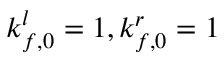
k _ { f , 0 } ^ { l } = 1 , k _ { f , 0 } ^ { r } = 1